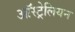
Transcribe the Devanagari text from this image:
आॅस्ट्रेलियन